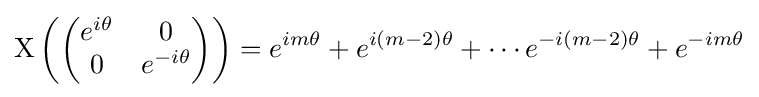
\mathrm {X} \left({\begin{pmatrix}e^{i\theta }&0\\0&e^{-i\theta }\end{pmatrix}}\right)=e^{im\theta }+e^{i(m-2)\theta }+\cdots e^{-i(m-2)\theta }+e^{-im\theta }